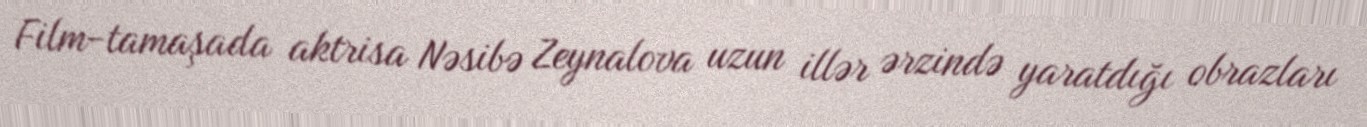
Film-tamaşada aktrisa Nəsibə Zeynalova uzun illər ərzində yaratdığı obrazları